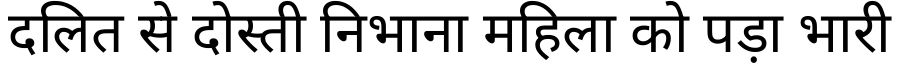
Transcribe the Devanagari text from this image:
दलित से दोस्ती निभाना महिला को पड़ा भारी